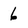
Character: 6